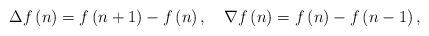
LaTeX: \begin{align*}\Delta f\left( n\right) =f\left( n+1\right) -f\left( n\right),\quad\nabla f\left( n\right) =f\left( n\right) -f\left( n-1\right) ,\end{align*}